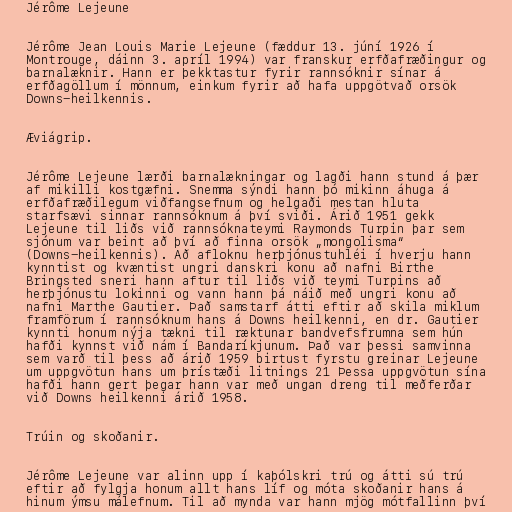
Jérôme Lejeune

Jérôme Jean Louis Marie Lejeune (fæddur 13. júní 1926 í
Montrouge, dáinn 3. apríl 1994) var franskur erfðafræðingur og
barnalæknir. Hann er þekktastur fyrir rannsóknir sínar á
erfðagöllum í mönnum, einkum fyrir að hafa uppgötvað orsök
Downs-heilkennis.

Æviágrip.

Jérôme Lejeune lærði barnalækningar og lagði hann stund á þær
af mikilli kostgæfni. Snemma sýndi hann þó mikinn áhuga á
erfðafræðilegum viðfangsefnum og helgaði mestan hluta
starfsævi sinnar rannsóknum á því sviði. Árið 1951 gekk
Lejeune til liðs við rannsóknateymi Raymonds Turpin þar sem
sjónum var beint að því að finna orsök „mongolisma“
(Downs-heilkennis). Að afloknu herþjónustuhléi í hverju hann
kynntist og kvæntist ungri danskri konu að nafni Birthe
Bringsted sneri hann aftur til liðs við teymi Turpins að
herþjónustu lokinni og vann hann þá náið með ungri konu að
nafni Marthe Gautier. Það samstarf átti eftir að skila miklum
framförum í rannsóknum hans á Downs heilkenni, en dr. Gautier
kynnti honum nýja tækni til ræktunar bandvefsfrumna sem hún
hafði kynnst við nám í Bandaríkjunum. Það var þessi samvinna
sem varð til þess að árið 1959 birtust fyrstu greinar Lejeune
um uppgvötun hans um þrístæði litnings 21 Þessa uppgvötun sína
hafði hann gert þegar hann var með ungan dreng til meðferðar
við Downs heilkenni árið 1958.

Trúin og skoðanir.

Jérôme Lejeune var alinn upp í kaþólskri trú og átti sú trú
eftir að fylgja honum allt hans líf og móta skoðanir hans á
hinum ýmsu málefnum. Til að mynda var hann mjög mótfallinn því